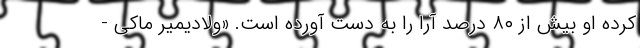
کرده او بیش از ۸۰ درصد آرا را به دست آورده است. «ولادیمیر ماکی -